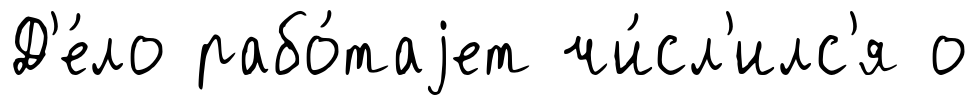
Д'е́ло рабо́таjет чи́сл'илс'я о